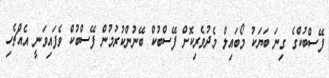
ފޭސްބުކްގެ ގިނަ ބަޔަކު މޯބައިލް މެދުވެރިކޮށް ފޭސްބުކް ބޭނުންކުރުމުން ފޭސްބުކް ވެފައިވަނީ އެއްޗެހި